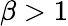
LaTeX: \beta>1